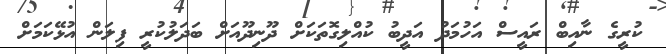
ކުރީގެ ނާއިބް ރައީސް އަހުމަދު އަދީބު ކުއްލިގޮތަކަށް ދޫނިދޫއަށް ބަދަލުކުރީ ފިލަން އުޅޭކަމަށް